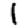
Digit: 1